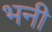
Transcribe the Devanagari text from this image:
भनी